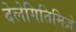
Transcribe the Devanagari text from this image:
देलेगितिमिज़े